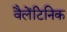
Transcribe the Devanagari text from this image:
वैलेंटिनिक